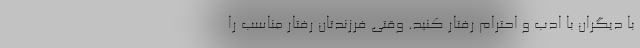
با دیگران با ادب و احترام رفتار کنید. وقتی فرزندتان رفتار مناسب را